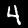
Label: 4